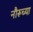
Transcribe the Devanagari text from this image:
नौरूच्या